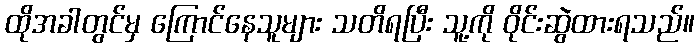
ထိုအခါတွင်မှ ကြောင်နေသူများ သတိရပြီး သူ့ကို ဝိုင်းဆွဲထားရသည်။